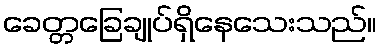
ခေတ္တခြေချုပ်ရှိနေသေးသည်။